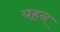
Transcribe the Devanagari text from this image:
यहन